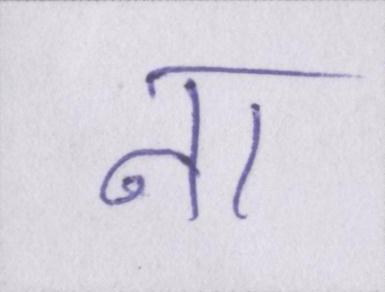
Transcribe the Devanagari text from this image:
ना